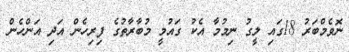
ނޮވެމްބަރު 18ގައި ލީގު ނިމުމާ އެކު ގައުމީ މުބާރާތުގެ ފިރިހެން އަދި އަންހެން